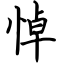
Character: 悼